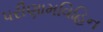
પરીણામવિહિન